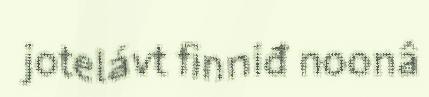
jotelávt finniđ noonâ